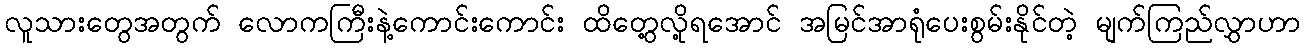
လူသားတွေအတွက် လောကကြီးနဲ့ကောင်းကောင်း ထိတွေ့လို့ရအောင် အမြင်အာရုံပေးစွမ်းနိုင်တဲ့ မျက်ကြည်လွှာဟာ